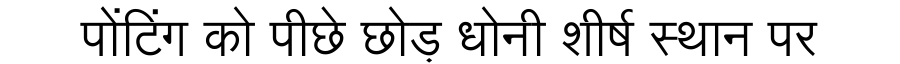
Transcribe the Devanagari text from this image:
पोंटिंग को पीछे छोड़ धोनी शीर्ष स्थान पर